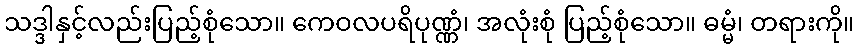
သဒ္ဒါနှင့်လည်းပြည့်စုံသော။ ကေဝလပရိပုဏ္ဏံ၊ အလုံးစုံ ပြည့်စုံသော။ ဓမ္မံ၊ တရားကို။